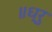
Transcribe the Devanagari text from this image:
॥ध्रु